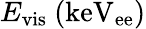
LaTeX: E_{\mathrm{vis}}~(\mathrm{keV_{ee})}